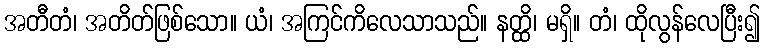
အတီတံ၊ အတိတ်ဖြစ်သော။ ယံ၊ အကြင်ကိလေသာသည်။ နတ္ထိ၊ မရှိ။ တံ၊ ထိုလွန်လေပြီး၍